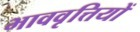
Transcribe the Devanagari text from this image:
भाववृत्तियों